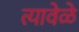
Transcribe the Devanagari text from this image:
त्यावेळे